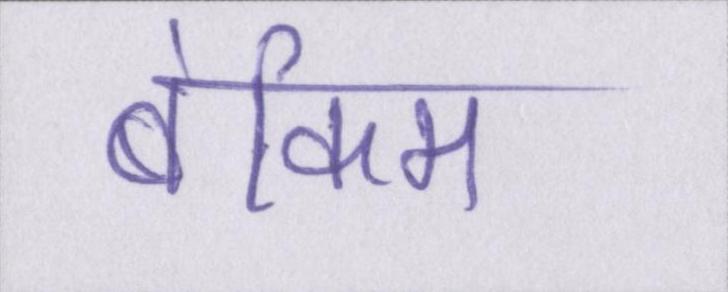
बंकिम